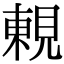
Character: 𧡍